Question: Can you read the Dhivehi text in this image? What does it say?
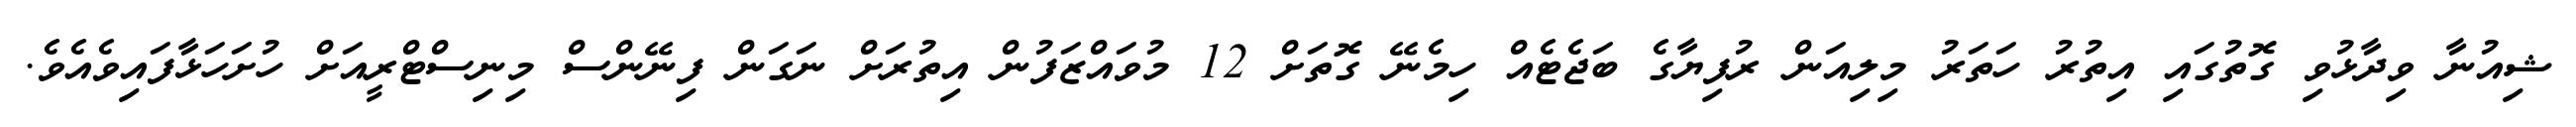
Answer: ޝިއުނާ ވިދާޅުވި ގޮތުގައި އިތުރު ހަތަރު މިލިއަން ރުފިޔާގެ ބަޖެޓެއް ހިމެނޭ ގޮތަށް 12 މުވައްޒަފުން އިތުރަށް ނަގަން ފިނޭންސް މިނިސްޓްރީއަށް ހުށަހަޅާފައިވެއެވެ.